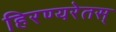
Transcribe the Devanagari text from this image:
हिरण्यरेतस्